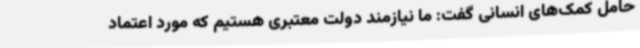
حامل کمک‌های انسانی گفت: ما نیازمند دولت معتبری هستیم که مورد اعتماد